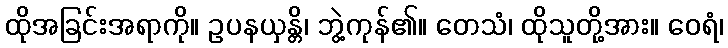
ထိုအခြင်းအရာကို။ ဥပနယှန္တိ၊ ဘွဲ့ကုန်၏။ တေသံ၊ ထိုသူတို့အား။ ဝေရံ၊